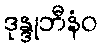
ဒုန္ဒုဘီနံဝ